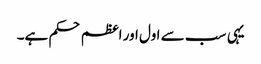
یہی سب سے اول اور اعظم حکم ہے۔